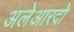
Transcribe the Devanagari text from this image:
अलेआरदो